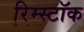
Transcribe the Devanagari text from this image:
रिम्स्टॉक